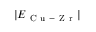
\lvert E _ { \mathrm { ~ C ~ u ~ - ~ Z ~ r ~ } } \rvert